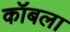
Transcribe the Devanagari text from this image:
कॉबला